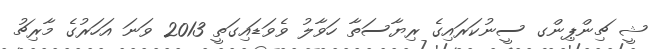
ޝީ ޗިންޕިންގ ސީނުކަރައިގެ ރިޔާސަތާ ހަވާލު ވެވަޑައިގަތީ 2013 ވަނަ އަހަރުގެ މާރިޗު